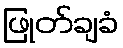
ဖြုတ်ချခံ